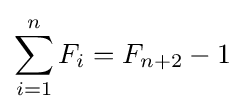
\sum _{i=1}^{n}F_{i}=F_{n+2}-1